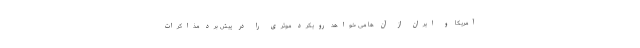
آمریکا و ایران از آن ها می خواهد رویکرد موثری را در پیش برد مذاکرات